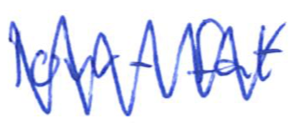
Text: low-fat
Cross-out: zig-zag
Writing tool: ballpoint